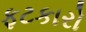
ફટકારો